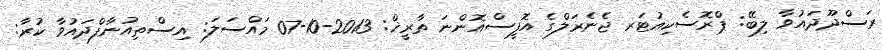
ރަސްދޫދައުވާ ލިބޭ: ޕްރޮސެކިއުޓަރ ޖެނެރަލްގެ އޮފީސްއޮންނަ ތާރީޚް: 2013-10-07 މައްސަލަ: އިސްތިއުނާފްދައުވާ ކުރާ: